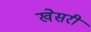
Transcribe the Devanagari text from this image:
खेसरी